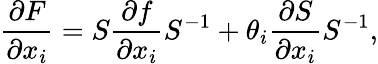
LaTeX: \frac{\partial F}{\partial x_{i}}=S\frac{\partial f}{\partial x_{i}}S^{-1}+\theta_{i}\frac{\partial S}{\partial x_{i}}S^{-1},